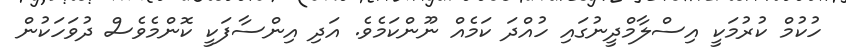
ހުކުމް ކުރުމަކީ އިސްލާމްދީނުގައި ހުއްދަ ކަމެއް ނޫންކަމެވެ. އަދި އިންސާފަކީ ކޮންމެވެސް ދުވަހަކުން